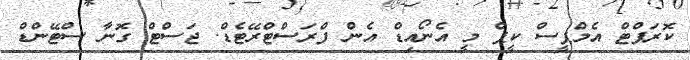
ކޮރަޕްޓް އެމްޕީސް ކީޕް މީ އެނޯއިޑް އެން ފްރަސްޓްރޭޓެޑް. ޖަސްޓް ގޮނާ ސްޓޭންޑް